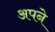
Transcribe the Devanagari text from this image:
अपने